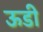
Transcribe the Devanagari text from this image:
ऊडी